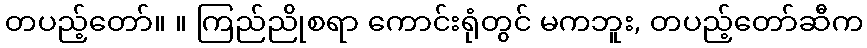
တပည့်တော်။ ။ ကြည်ညိုစရာ ကောင်းရုံတွင် မကဘူး, တပည့်တော်ဆီက